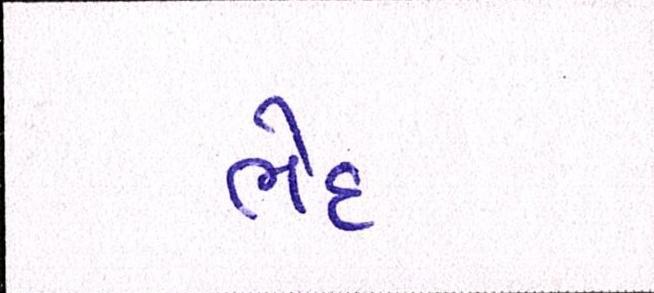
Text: ભેદ